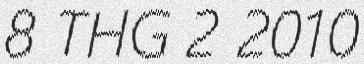
8 THG 2 2010